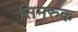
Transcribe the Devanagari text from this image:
सिमरुक